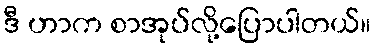
ဒီ ဟာက စာအုပ်လို့ပြောပါတယ်။